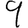
Digit: 9